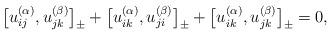
LaTeX: \begin{align*} \big[u_{ij}^{(\alpha)}, u_{jk}^{(\beta)}\big]_{\pm}+ \big[u_{ik}^{(\alpha)},u_{ji}^{(\beta)}\big]_{\pm}+ \big[u_{ik}^{(\alpha)},u_{jk}^{(\beta)}\big]_{\pm}=0,\end{align*}